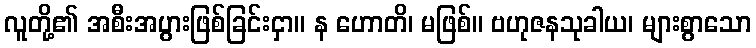
လူတို့၏ အစီးအပွားဖြစ်ခြင်းငှာ။ န ဟောတိ၊ မဖြစ်။ ဗဟုဇနသုခါယ၊ များစွာသော